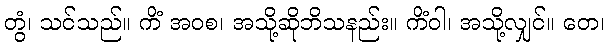
တွံ၊ သင်သည်။ ကိံ အဝစ၊ အသို့ဆိုဘိသနည်း။ ကိံဝါ၊ အသို့လျှင်။ တေ၊